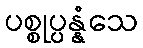
ပစ္စုပ္ပန္နံသေ